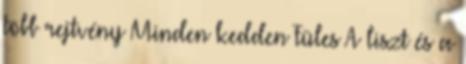
több rejtvény Minden kedden Füles A liszt és a